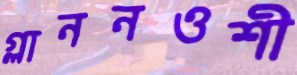
গ্লাননওশী